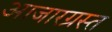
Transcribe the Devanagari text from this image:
आजारग्रस्त